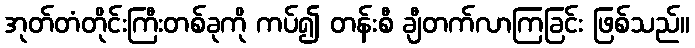
အုတ်တံတိုင်းကြီးတစ်ခုကို ကပ်၍ တန်းစီ ချီတက်လာကြခြင်း ဖြစ်သည်။